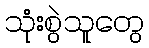
သုံးစွဲသူတွေ